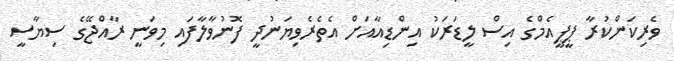
ވެރިކަންކުރާ ޕީޕީއެމްގެ އިސް ލީޑަރަކު އިންޑިއާއަށް އެތެރެވިޔަނުދީ ފޮނުވާލާފައި މިވަނީ ރާއްޖޭގެ ސިޔާސީ